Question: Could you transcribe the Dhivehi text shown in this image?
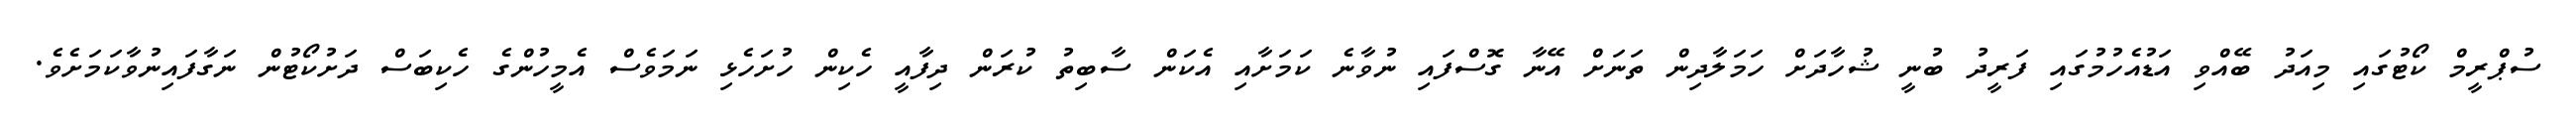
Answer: ސުޕްރީމް ކޯޓުގައި މިއަދު ބޭއްވި އަޑުއެހުމުގައި ފަރީދު ބުނީ ޝުހާދަށް ހަމަލާދިން ތަނަށް އޭނާ ގޮސްފައި ނުވާނެ ކަމަށާއި އެކަން ސާބިތު ކުރަން ދިފާއީ ހެކިން ހުށަހެޅި ނަމަވެސް އެމީހުންގެ ހެކިބަސް ދަށުކޯޓުން ނަގާފައިނުވާކަމަށެވެ.